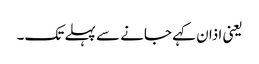
یعنی اذان کہے جانے سے پہلے تک۔